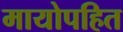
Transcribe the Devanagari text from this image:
मायोपहित